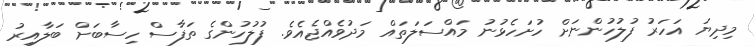
މިދިޔަ އަހަރު ފުލުހުންނަށް ހުށަހެޅުނު މައްސަލަތައް މަދުވެއްޖެއެވެ. ފުލުހުންގެ ތަފާސް ހިސާބަށް ބަލާއިރު